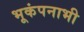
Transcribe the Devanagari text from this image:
भूकंपनाभी